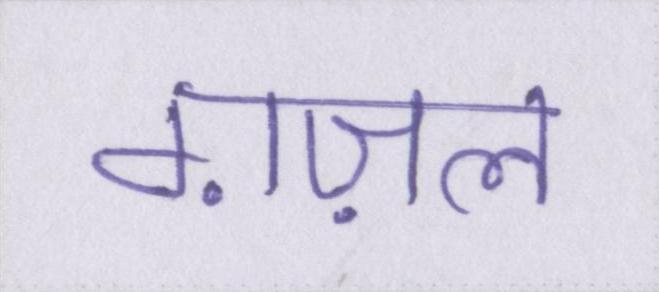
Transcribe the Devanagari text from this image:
ग़ज़ल